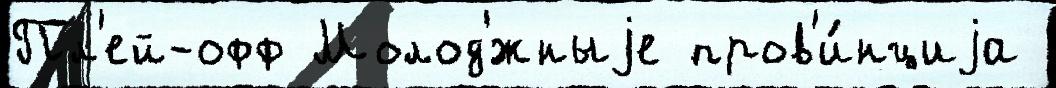
Пл'ей-офф Молод'́жныjе пров'и́нциjа